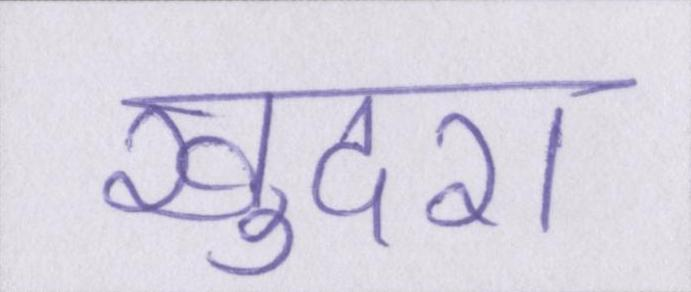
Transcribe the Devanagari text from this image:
खुदरा